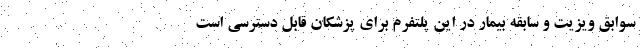
سوابق ویزیت و سابقه بیمار در این پلتفرم برای پزشکان قابل دسترسی است